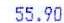
55.90